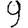
Digit: 9